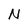
Character: N